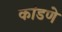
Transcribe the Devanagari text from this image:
कांडणे